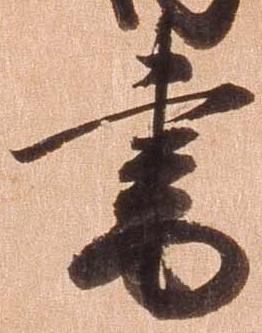
書